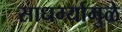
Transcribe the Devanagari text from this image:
साधर्म्यामुळे